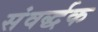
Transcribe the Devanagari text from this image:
संवर्द्धक